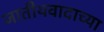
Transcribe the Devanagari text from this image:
जातीयवादाच्या